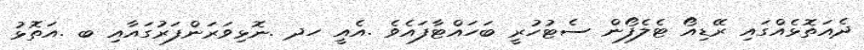
ދެއަތޮޅެއްގައި ރޭޑިއޯ ޓެލެފޯން ސެޓުހުރީ ބަހައްޓާފައެވެ .އެއީ ހދ .ނޮޅިވަރަންފަރުގައާއި ބ .އަތޮޅު